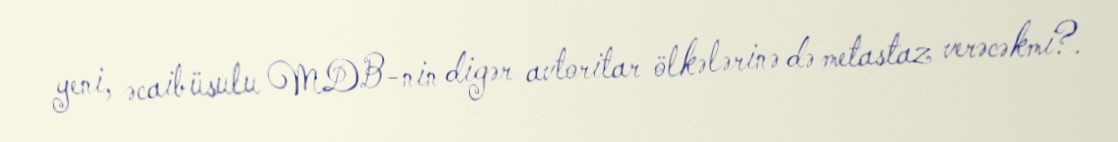
yeni, əcaib üsulu MDB-nin digər avtoritar ölkələrinə də metastaz verəcəkmi?.